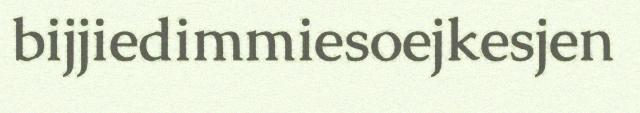
bijjiedimmiesoejkesjen